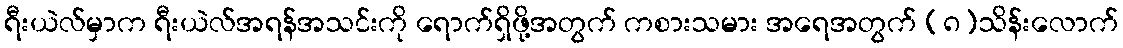
ရီးယဲလ်မှာက ရီးယဲလ်အရန်အသင်းကို ရောက်ရှိဖို့အတွက် ကစားသမား အရေအတွက် (၈)သိန်းလောက်